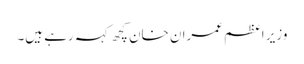
وزیر اعظم عمران خان کچھ کہہ رہے ہیں۔